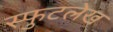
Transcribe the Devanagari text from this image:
स्फुटलेख